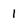
Character: 1